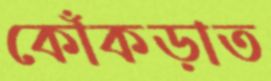
কোঁকড়াত